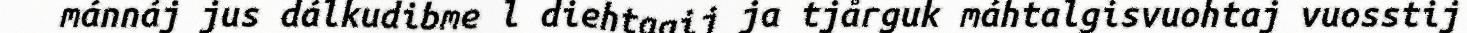
mánnáj jus dálkudibme l diehtagij ja tjårguk máhtalgisvuohtaj vuosstij